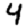
Digit: 4